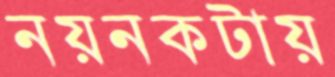
নয়নকটায়